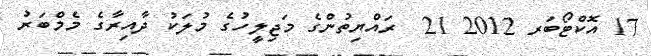
17 އޮކްޓޯބަރ 2012 21  ރައްޔިތުންގެ މަޖިލީހުގެ މުލަކު ދާއިރާގެ މެމްބަރު